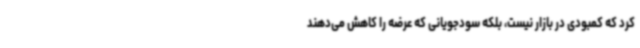
کرد که کمبودی در بازار نیست، بلکه سودجویانی که عرضه را کاهش می‌دهند